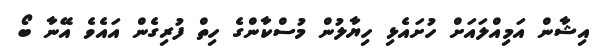
އިޝާން އަމިއްލައަށް ހުށައެޅި ހިޔާލުން މުސްކާންގެ ހިތް ފުރިގެން އައެވެ އޭނާ ބޯ